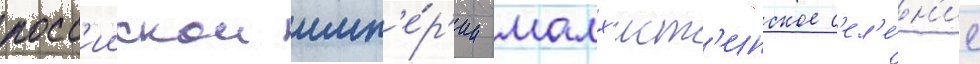
росс'иискои имп'е́р'ии малх'ист'инское с'ел'е́н'ие